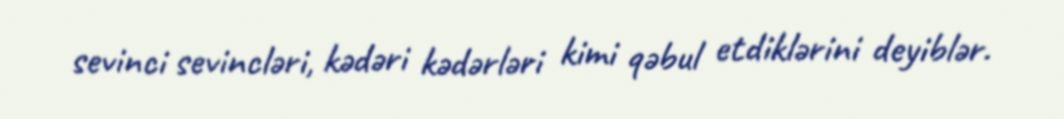
sevinci sevincləri, kədəri kədərləri kimi qəbul etdiklərini deyiblər.